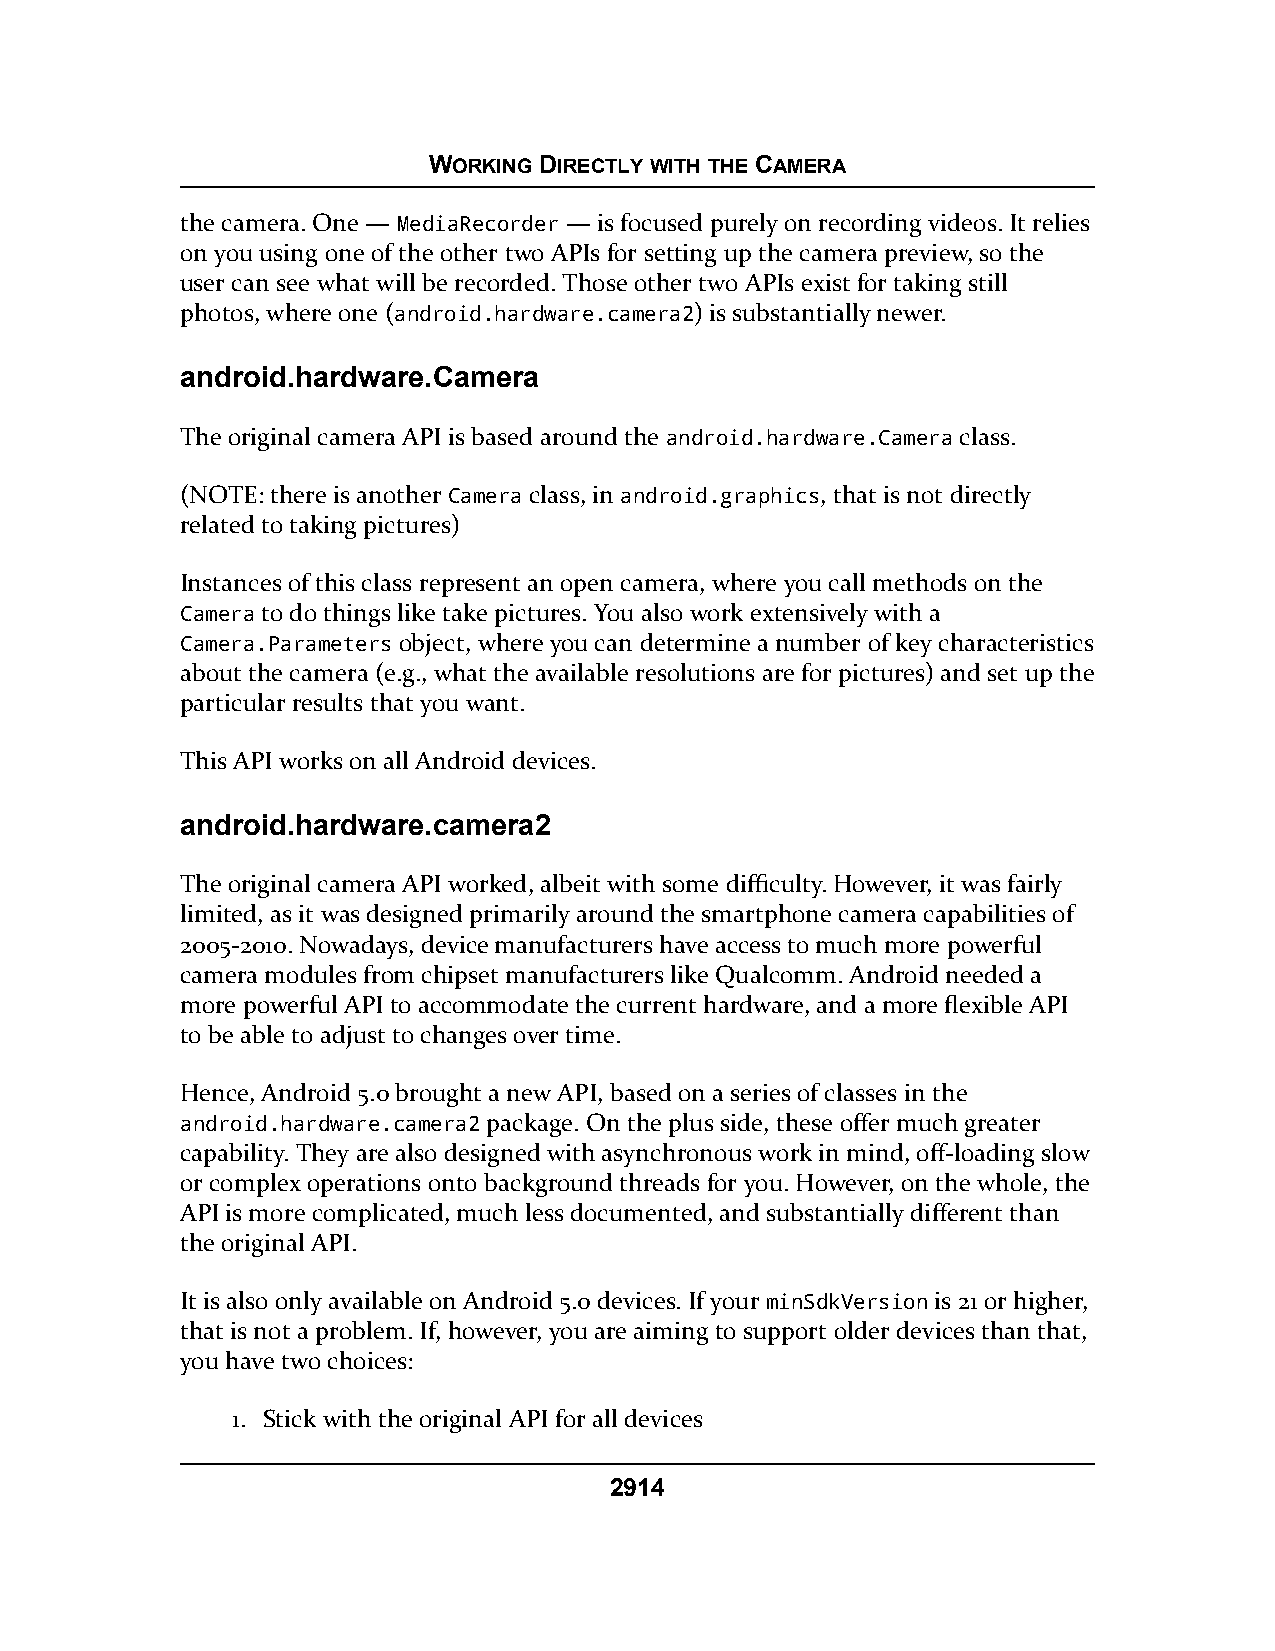
WORKING DIRECTLY WITH THE CAMERA
 the camera. One — MediaRecorder — is focused purely on recording videos. It relies
 on you using one of the other two APIs for setting up the camera preview, so the
 user can see what will be recorded. Those other two APIs exist for taking still
 photos, where one (android.hardware.camera2) is substantially newer.
 android.hardware.Camera
 The original camera API is based around the android.hardware.Camera class.
 (NOTE: there is another Camera class, in android.graphics, that is not directly
 related to taking pictures)
 Instances of this class represent an open camera, where you call methods on the
 Camera to do things like take pictures. You also work extensively with a
 Camera.Parameters object, where you can determine a number of key characteristics
 about the camera (e.g., what the available resolutions are for pictures) and set up the
 particular results that you want.
 This API works on all Android devices.
 android.hardware.camera2
 The original camera API worked, albeit with some difficulty. However, it was fairly
 limited, as it was designed primarily around the smartphone camera capabilities of
 2005-2010. Nowadays, device manufacturers have access to much more powerful
 camera modules from chipset manufacturers like Qualcomm. Android needed a
 more powerful API to accommodate the current hardware, and a more flexible API
 to be able to adjust to changes over time.
 Hence, Android 5.0 brought a new API, based on a series of classes in the
 android.hardware.camera2 package. On the plus side, these offer much greater
 capability. They are also designed with asynchronous work in mind, off-loading slow
 or complex operations onto background threads for you. However, on the whole, the
 API is more complicated, much less documented, and substantially different than
 the original API.
 It is also only available on Android 5.0 devices. If your minSdkVersion is 21 or higher,
 that is not a problem. If, however, you are aiming to support older devices than that,
 you have two choices:
 1. Stick with the original API for all devices
 2914